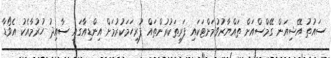
ސައުތު އޭޝިއަން ގޭމްސްއަށް ތައްޔާރުވުމަށްޓަކައި ފަރިތަކުރުންތައް ފުރިހަމަކުރުމަށް އިންޑިއާގައި ސާއިދު ހުރުމާއެކު އެވޯޑާ